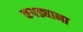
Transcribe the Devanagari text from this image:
कपड्याना